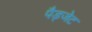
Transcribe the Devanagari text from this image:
पैड्जेट